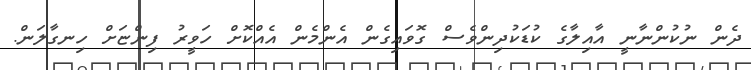
ދެން ނުކުންނާނީ އާއިލާގެ ކުޑަކުދިންވެސް ގޮވައިގެން އެންމެން އެއްކޮށް ހަވީރު ފިންޏަށް ހިނގާލަން.